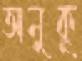
অনুকূ